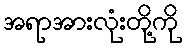
အရာအားလုံးတို့ကို